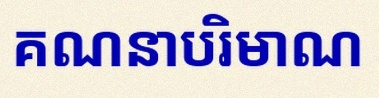
គណនាបរិមាណ